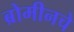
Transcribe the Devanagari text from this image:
ब्रोमीनचे